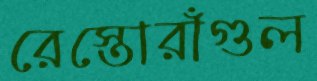
রেস্তোরাঁগুল